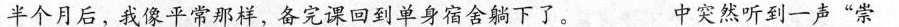
半个月后，我像平常那样，备完课回到单身宿舍躺下了。___中突然听到一声”崇